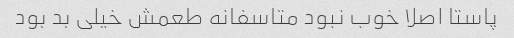
پاستا اصلا خوب نبود متاسفانه طعمش خیلی بد بود